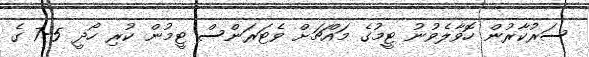
ސަރުކާރުން ހޮވާލެވުނު ޓީމުގެ މައްޗަށް ވެޓަރަންސް ޓީމުން ކުރި ހޯދީ 5-7 ގެ